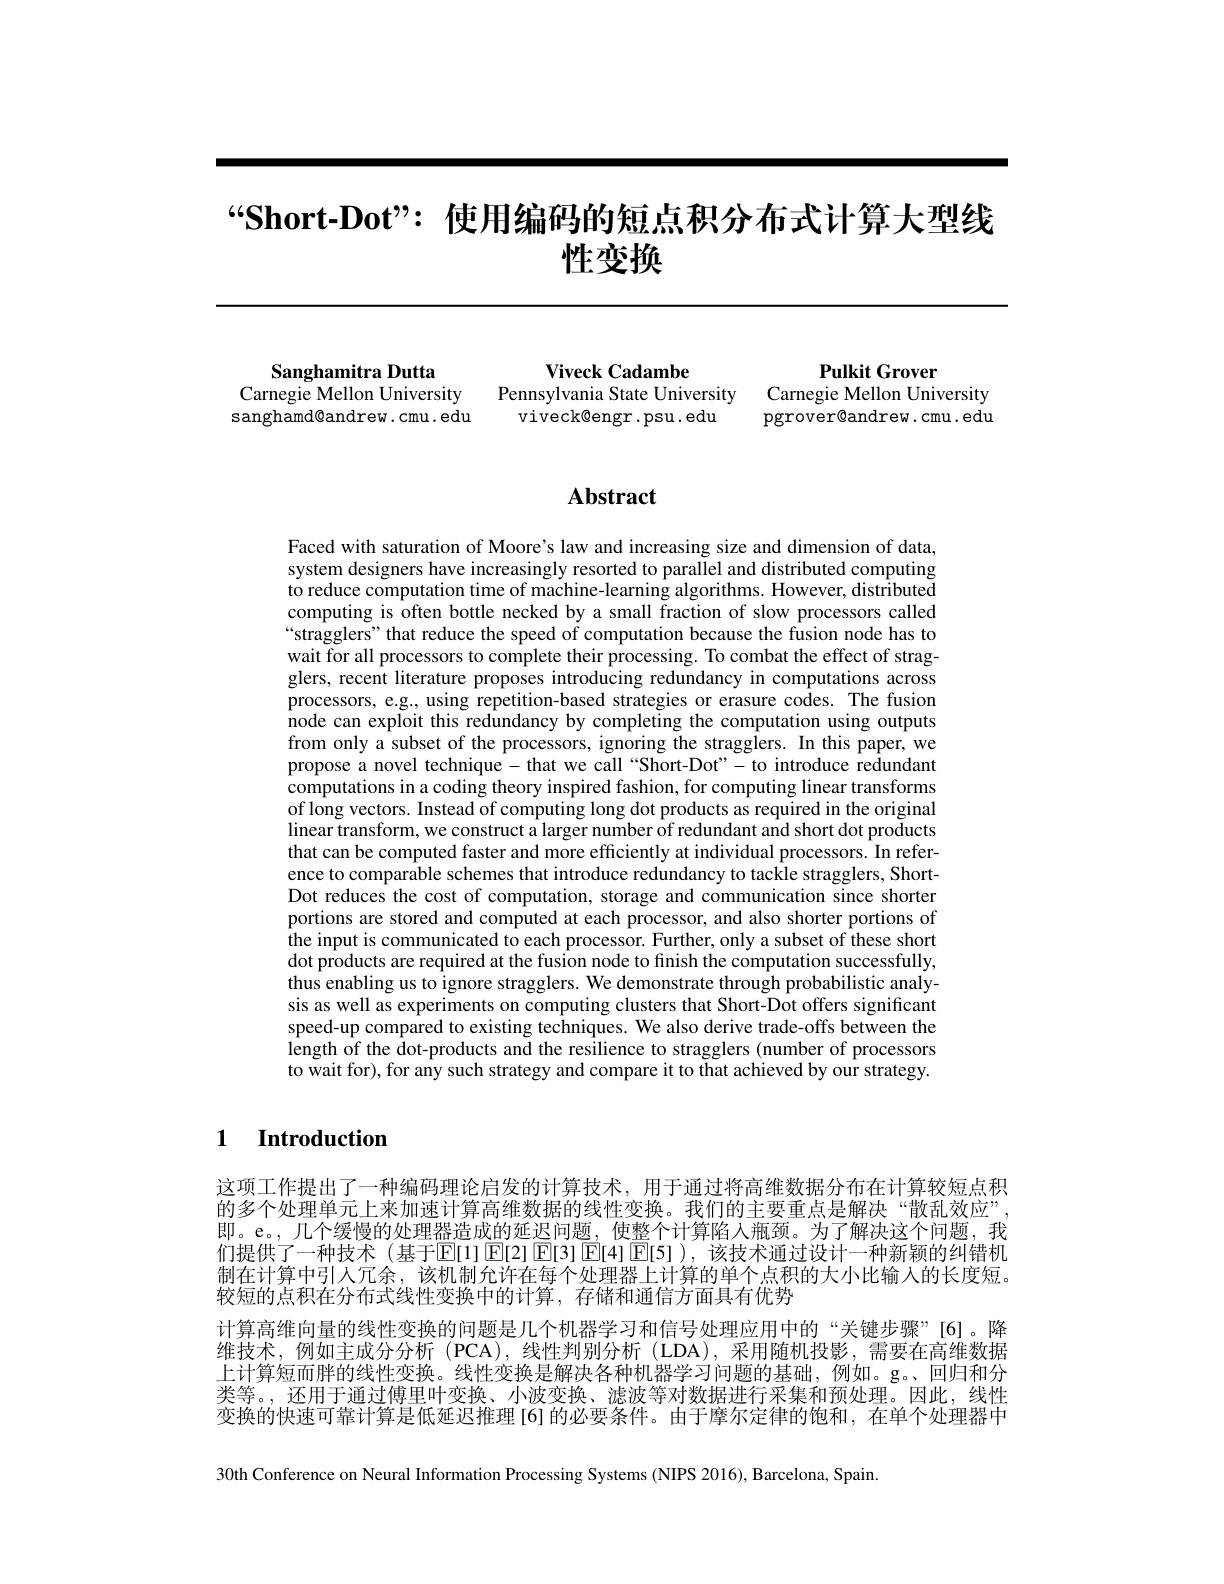
# “Short-Dot”: 使用编码的短点积分布式计算大型线性变换

Sanghamitra Dutta
Carnegie Mellon University Pennsylvania State University Carnegie Mellon University
sanghamd@andrew.cmu.edu

Pulkit Grover
viveck@engr.psu.edu pgrover@andrew.cmu.edu

$\mathbf{ViveckCadambe}$

# Abstract

Faced with saturation of Moore's law and increasing size and dimension of data, system designers have increasingly resorted to parallel and distributed computing to reduce computation time of machine-learning algorithms. However, distributed computing is often bottle necked by a small fraction of slow processors called “stragglers" that reduce the speed of computation because the fusion node has to wait for all processors to complete their processing. To combat the effect of stragglers, recent literature proposes introducing redundancy in computations across processors, e.g., using repetition-based strategies or erasure codes. The fusion node can exploit this redundancy by completing the computation using outputs from only a subset of the processors, ignoring the stragglers. In this paper, we propose a novel technique- that we call “Short-Dot”- to introduce redundant computations in a coding theory inspired fashion, for computing linear transforms of long vectors. Instead of computing long dot products as required in the original linear transform, we construct a larger number of redundant and short dot products that can be computed faster and more efficiently at individual processors. In reference to comparable schemes that introduce redundancy to tackle stragglers, ShortDot reduces the cost of computation, storage and communication since shorter portions are stored and computed at each processor, and also shorter portions of the input is communicated to each processor. Further, only a subset of these short $\hat{\text{dot products are required at the fusion node to finish the computation successfully,}}$ thus enabling us to ignore stragglers. We demonstrate through probabilistic analysis as well as experiments on computing clusters that Short-Dot offers significant speed-up compared to existing techniques. We also derive trade-offs between the length of the dot-products and the resilience to stragglers (number of processors to wait for), for any such strategy and compare it to that achieved by our strategy

1 Introduction

这项工作提出了一种编码理论启发的计算技术，用于通过将高维数据分布在计算较短点积的多个处理单元上来加速计算高维数据的线性变换。我们的主要重点是解决“散乱效应” 即。e。,几个缓慢的处理器造成的延迟问题，使整个计算陷人瓶颈。为了解决这个问题，我们提供了一种技术 (基于E[1] E[2] E[3] E[4] E[5] ),该技术通过设计一种新颖的纠错机制在计算中引人冗余，该机制允许在每个处理器上计算的单个点积的大小比输入的长度短。较短的点积在分布式线性变换中的计算，存储和通信方面具有优势
计算高维向量的线性变换的问题是几个机器学习和信号处理应用中的“关键步骤”[6]。降维技术，例如主成分分析 (PCA),线性判别分析 (LDA),采用随机投影，需要在高维数据上计算短而胖的线性变换。线性变换是解决各种机器学习问题的基础，例如。g。、回归和分类等。,还用于通过傅里叶变换、小波变换、滤波等对数据进行采集和预处理。因此，线性变换的快速可靠计算是低延迟推理[6]的必要条件。由于摩尔定律的饱和，在单个处理器中30th Conference on Neural Information Processing Systems (NIPS 2016), Barcelona, Spain